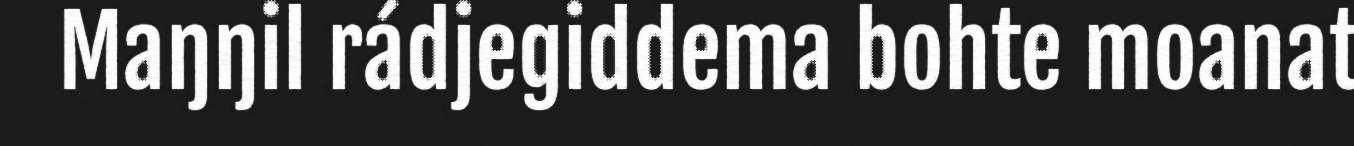
Maŋŋil rádjegiddema bohte moanat